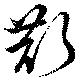
斮